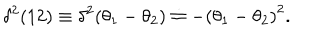
\delta ^ { 2 } ( 1 2 ) \equiv \delta ^ { 2 } ( \theta _ { 1 } - \theta _ { 2 } ) \doteq - \left( \theta _ { 1 } - \theta _ { 2 } \right) ^ { 2 } .